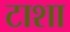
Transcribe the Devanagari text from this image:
टाशा